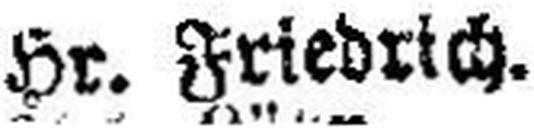
Hr. Friedrich.